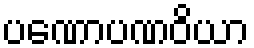
ပဏောပဏဝိယာ